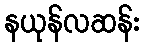
နယုန်လဆန်း